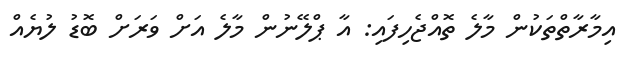
އިމާރާތްތަކުން މާލެ ތޮއްޖެހިފައި: އާ ޕްލޭނުން މާލެ އަށް ވަރަށް ބޮޑު ލުޔެއް